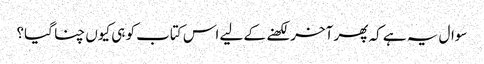
سوال یہ ہے کہ پھر آخر لکھنے کے لیے اس کتاب کو ہی کیوں چنا گیا؟